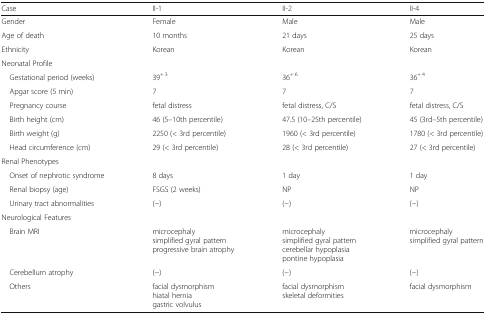
<table><thead><tr><td><b>Case</b></td><td><b>II-1</b></td><td><b>II-2</b></td><td><b>II-4</b></td></tr></thead><tbody><tr><td>Gender</td><td>Female</td><td>Male</td><td>Male</td></tr><tr><td>Age of death</td><td>10 months</td><td>21 days</td><td>25 days</td></tr><tr><td>Ethnicity</td><td>Korean</td><td>Korean</td><td>Korean</td></tr><tr><td colspan="4">Neonatal Profile</td></tr><tr><td> Gestational period (weeks)</td><td>39<sup>+ 3</sup></td><td>36<sup>+ 6</sup></td><td>36<sup>+ 4</sup></td></tr><tr><td> Apgar score (5 min)</td><td>7</td><td>7</td><td>7</td></tr><tr><td> Pregnancy course</td><td>fetal distress</td><td>fetal distress, C/S</td><td>fetal distress, C/S</td></tr><tr><td> Birth height (cm)</td><td>46 (5–10th percentile)</td><td>47.5 (10–25th percentile)</td><td>45 (3rd–5th percentile)</td></tr><tr><td> Birth weight (g)</td><td>2250 (&lt; 3rd percentile)</td><td>1960 (&lt; 3rd percentile)</td><td>1780 (&lt; 3rd percentile)</td></tr><tr><td> Head circumference (cm)</td><td>29 (&lt; 3rd percentile)</td><td>28 (&lt; 3rd percentile)</td><td>27 (&lt; 3rd percentile)</td></tr><tr><td colspan="4">Renal Phenotypes</td></tr><tr><td> Onset of nephrotic syndrome</td><td>8 days</td><td>1 day</td><td>1 day</td></tr><tr><td> Renal biopsy (age)</td><td>FSGS (2 weeks)</td><td>NP</td><td>NP</td></tr><tr><td> Urinary tract abnormalities</td><td>(−)</td><td>(−)</td><td>(−)</td></tr><tr><td colspan="4">Neurological Features</td></tr><tr><td> Brain MRI</td><td>microcephalysimplified gyral patternprogressive brain atrophy</td><td>microcephalysimplified gyral patterncerebellar hypoplasiapontine hypoplasia</td><td>microcephalysimplified gyral pattern</td></tr><tr><td> Cerebellum atrophy</td><td>(−)</td><td>(−)</td><td>(−)</td></tr><tr><td> Others</td><td>facial dysmorphismhiatal herniagastric volvulus</td><td>facial dysmorphismskeletal deformities</td><td>facial dysmorphism</td></tr></tbody></table>